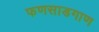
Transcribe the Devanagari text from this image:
फणसाडगाण